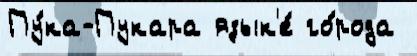
Пу́ка-Пукара язык'е́ го́рода